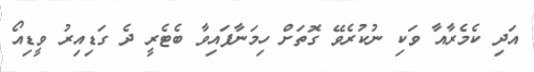
އަދި ކެމެރާއާ ވަކި ނުކުރެވޭ ގޮތަށް ހިމަނާފައިވާ ބެޓެރީ ދެ ގަޑިއިރު ވީޑިއޯ